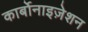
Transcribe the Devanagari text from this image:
कार्बोनाइज़ेशन